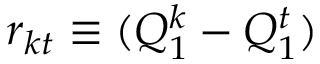
r _ { k t } \equiv ( Q _ { 1 } ^ { k } - Q _ { 1 } ^ { t } )